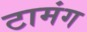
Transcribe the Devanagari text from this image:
टामंग